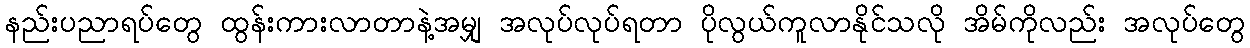
နည်းပညာရပ်တွေ ထွန်းကားလာတာနဲ့အမျှ အလုပ်လုပ်ရတာ ပိုလွယ်ကူလာနိုင်သလို အိမ်ကိုလည်း အလုပ်တွေ